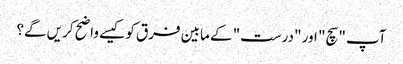
آپ "سچ" اور "درست" کے مابین فرق کو کیسے واضح کریں گے؟